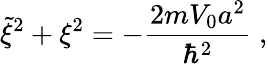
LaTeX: \tilde{\xi}^{2}+\xi^{2}=-\frac{2mV_{0}a^{2}}{\hbar^{2}}\; ,